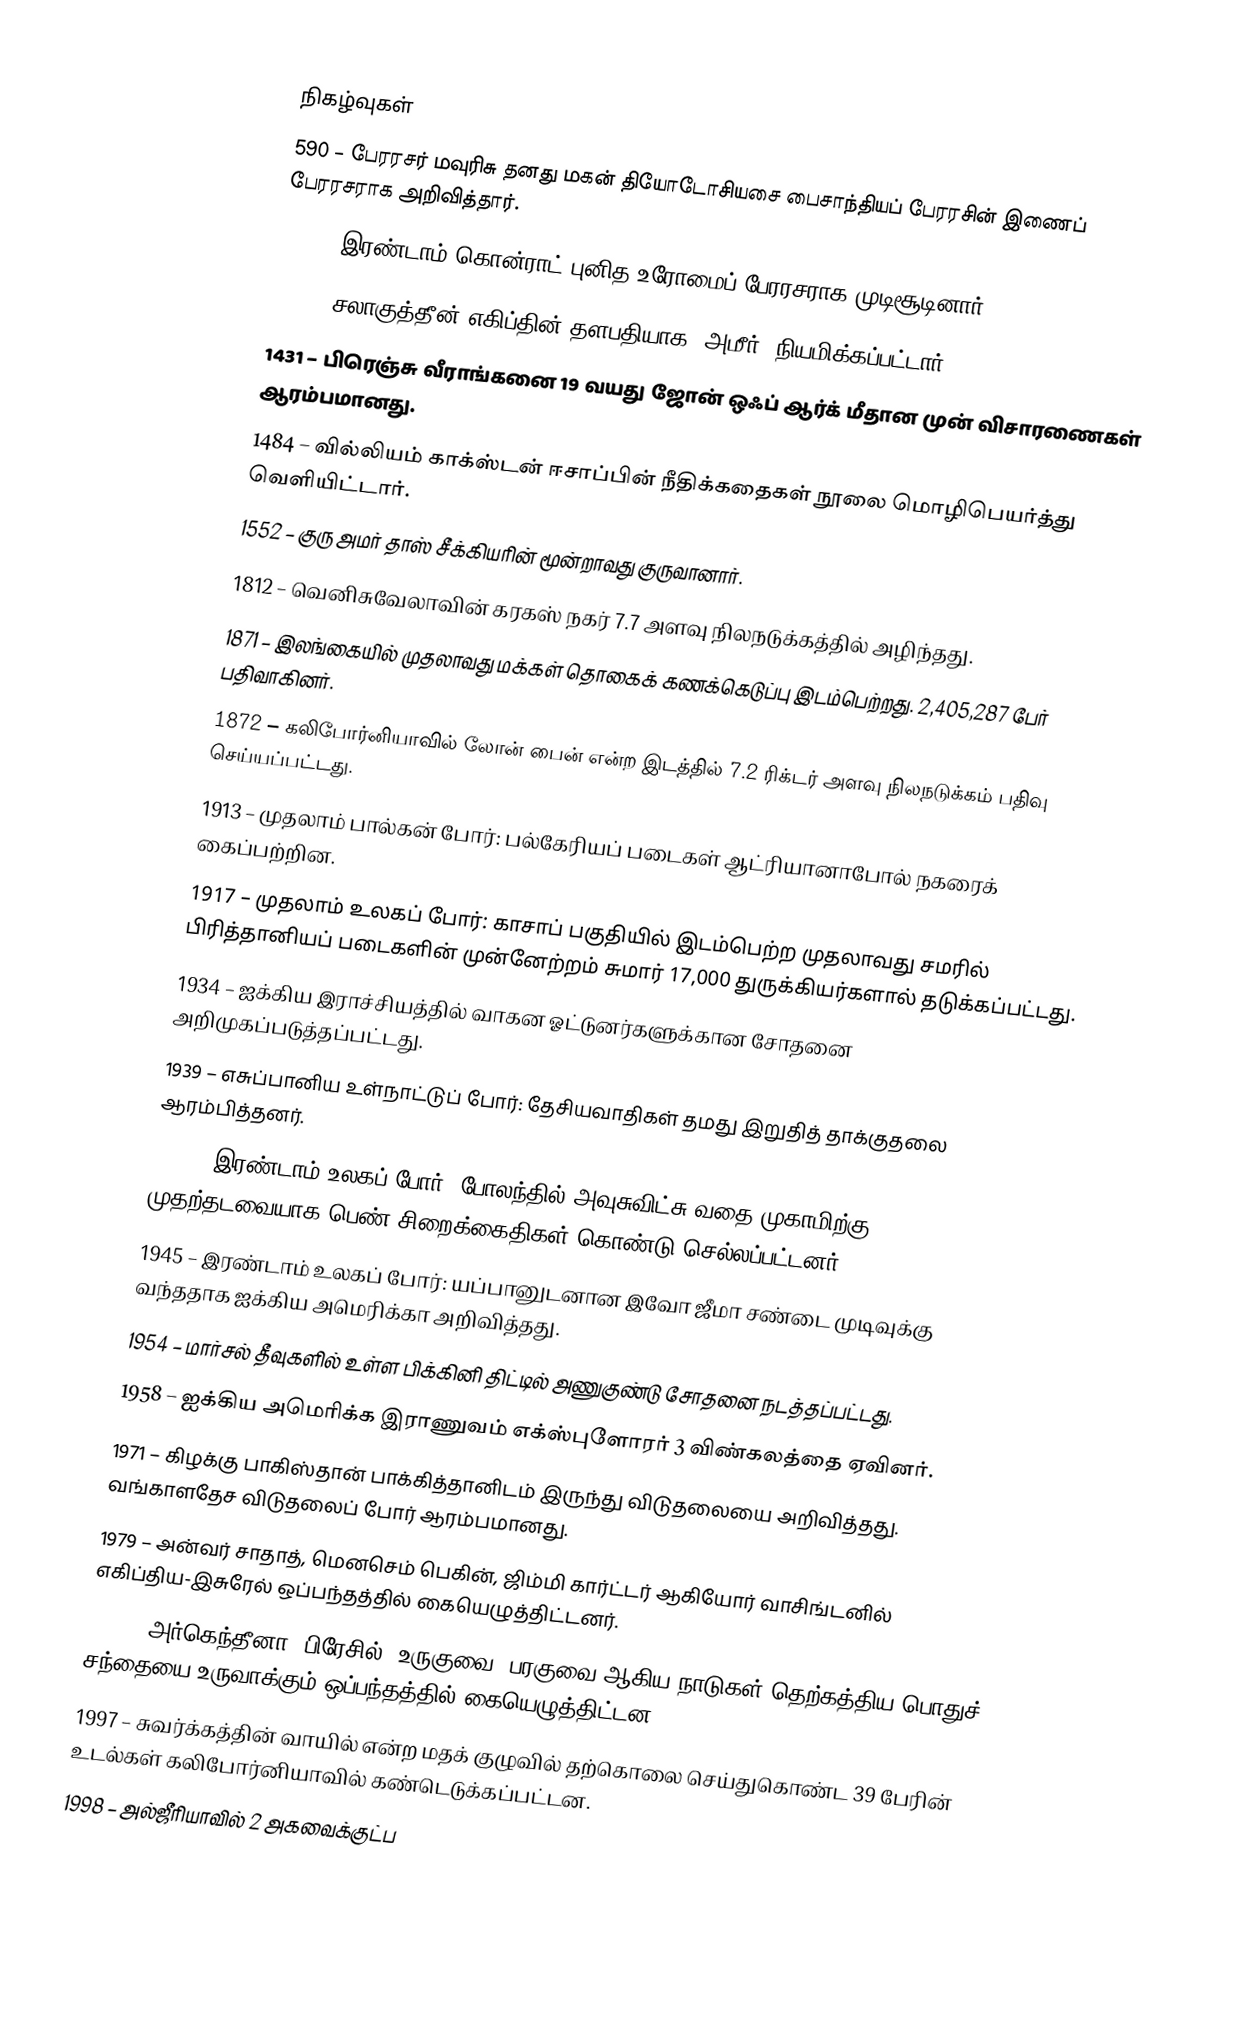

நிகழ்வுகள்
 590 – பேரரசர் மவுரிசு தனது மகன் தியோடோசியசை பைசாந்தியப் பேரரசின் இணைப் பேரரசராக அறிவித்தார்.
1027 – இரண்டாம் கொன்ராட் புனித உரோமைப் பேரரசராக முடிசூடினார்.
1169 – சலாகுத்தீன் எகிப்தின் தளபதியாக (அமீர்) நியமிக்கப்பட்டார்.
1431 – பிரெஞ்சு வீராங்கனை 19 வயது ஜோன் ஒஃப் ஆர்க் மீதான முன் விசாரணைகள் ஆரம்பமானது.
1484 – வில்லியம் காக்ஸ்டன் ஈசாப்பின் நீதிக்கதைகள் நூலை மொழிபெயர்த்து வெளியிட்டார்.
1552 – குரு அமர் தாஸ் சீக்கியரின் மூன்றாவது குருவானார்.
1812 – வெனிசுவேலாவின் கரகஸ் நகர் 7.7 அளவு நிலநடுக்கத்தில் அழிந்தது.
1871 – இலங்கையில் முதலாவது மக்கள் தொகைக் கணக்கெடுப்பு இடம்பெற்றது. 2,405,287 பேர் பதிவாகினர்.
1872 – கலிபோர்னியாவில் லோன் பைன் என்ற இடத்தில் 7.2 ரிக்டர் அளவு நிலநடுக்கம் பதிவு செய்யப்பட்டது.
1913 – முதலாம் பால்கன் போர்: பல்கேரியப் படைகள் ஆட்ரியானாபோல் நகரைக் கைப்பற்றின.
1917 – முதலாம் உலகப் போர்: காசாப் பகுதியில் இடம்பெற்ற முதலாவது சமரில் பிரித்தானியப் படைகளின் முன்னேற்றம் சுமார் 17,000 துருக்கியர்களால் தடுக்கப்பட்டது.
1934 – ஐக்கிய இராச்சியத்தில் வாகன ஓட்டுனர்களுக்கான சோதனை அறிமுகப்படுத்தப்பட்டது.
1939 – எசுப்பானிய உள்நாட்டுப் போர்: தேசியவாதிகள் தமது இறுதித் தாக்குதலை ஆரம்பித்தனர்.
1942 – இரண்டாம் உலகப் போர்: போலந்தில் அவுசுவிட்சு வதை முகாமிற்கு முதற்தடவையாக பெண் சிறைக்கைதிகள் கொண்டு செல்லப்பட்டனர்.
1945 – இரண்டாம் உலகப் போர்: யப்பானுடனான இவோ ஜீமா சண்டை முடிவுக்கு வந்ததாக ஐக்கிய அமெரிக்கா அறிவித்தது.
1954 – மார்சல் தீவுகளில் உள்ள பிக்கினி திட்டில் அணுகுண்டு சோதனை நடத்தப்பட்டது.
1958 – ஐக்கிய அமெரிக்க இராணுவம் எக்ஸ்புளோரர் 3 விண்கலத்தை ஏவினர்.
1971 – கிழக்கு பாகிஸ்தான் பாக்கித்தானிடம் இருந்து விடுதலையை அறிவித்தது. வங்காளதேச விடுதலைப் போர் ஆரம்பமானது.
1979 – அன்வர் சாதாத், மெனசெம் பெகின், ஜிம்மி கார்ட்டர் ஆகியோர் வாசிங்டனில் எகிப்திய-இசுரேல் ஒப்பந்தத்தில் கையெழுத்திட்டனர்.
1991 – அர்கெந்தீனா, பிரேசில், உருகுவை, பரகுவை ஆகிய நாடுகள் தெற்கத்திய பொதுச் சந்தையை உருவாக்கும் ஒப்பந்தத்தில் கையெழுத்திட்டன.
1997 – சுவர்க்கத்தின் வாயில் என்ற மதக் குழுவில் தற்கொலை செய்துகொண்ட 39 பேரின் உடல்கள் கலிபோர்னியாவில் கண்டெடுக்கப்பட்டன.
1998 – அல்ஜீரியாவில் 2 அகவைக்குட்ப